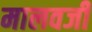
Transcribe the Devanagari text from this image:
मालवजी